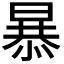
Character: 𭧂